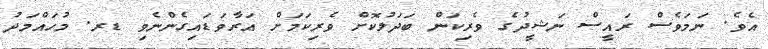
އެވެ. ނަމަވެސް ރައީސް ނަޝީދުގެ ވެރިކަން ބަދަލުކޮށް ވެރިކަމަށް އަރާވަޑައިގެންނެވި ޑރ. މުހައްމަދު